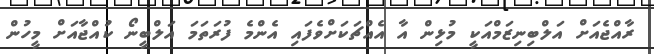
ރާއްޖެއަށް އަލްބިނިޒަމްއަކީ މުޅިން އާ އެއްޗަކަށްވެފައި އެންމެ ފުރަތަމަ އަލްބީނޯ ކުއްޖާއަށް މީހުން